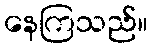
နေကြသည်။